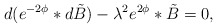
\begin{align*}d(e^{-2\phi} *d\tilde{B}) - {\lambda}^{2} e^{2\phi} *\tilde{B} = 0,\end{align*}